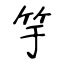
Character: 竽